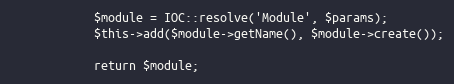
Language: PHP
            $module = IOC::resolve('Module', $params);
            $this->add($module->getName(), $module->create());

            return $module;